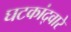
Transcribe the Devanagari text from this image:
घटकांद्वारे